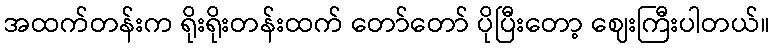
အထက်တန်းက ရိုးရိုးတန်းထက် တော်တော် ပိုပြီးတော့ ဈေးကြီးပါတယ်။